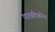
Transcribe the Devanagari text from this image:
पारसीफ़ोन